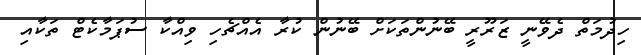
ހިދުމަތް ދެވޭނީ ޒަރޫރީ ބޭނުންތަކަށް ބޭނުން ކުރާ އެއްޗެހި ވިއްކާ ސުޕަމާކެޓް ތަކާއި